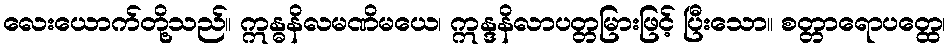
လေးယောက်တို့သည်။ ဣန္ဓနိလမဏိမယေ၊ ဣန္ဒနိလာပတ္တမြားဖြင့် ပြီးသော။ စတ္တာရောပတ္ထေ၊